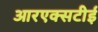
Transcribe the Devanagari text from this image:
आरएक्सटीई